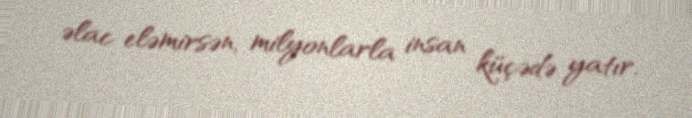
əlac eləmirsən, milyonlarla insan küçədə yatır.